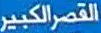
القصر الكبير